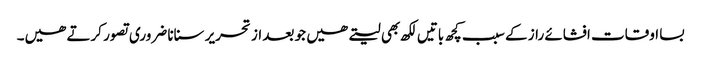
بسا اوقات افشائے راز کے سبب کچھ باتیں لکھ بھی لیتے ھیں جو بعد از تحریر سنانا ضروری تصور کرتے ھیں۔